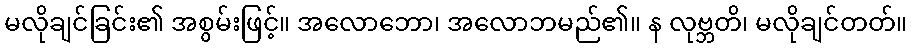
မလိုချင်ခြင်း၏ အစွမ်းဖြင့်။ အလောဘော၊ အလောဘမည်၏။ န လုဗ္ဘတိ၊ မလိုချင်တတ်။